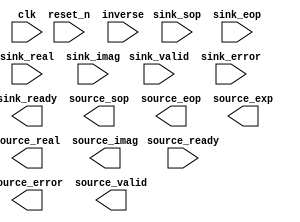
// Generated by FFT 13.1 [Altera, IP Toolbench 1.3.0 Build 162]
// ************************************************************
// THIS IS A WIZARD-GENERATED FILE. DO NOT EDIT THIS FILE!
// ************************************************************
// Copyright (C) 1991-2019 Altera Corporation
// Any megafunction design, and related net list (encrypted or decrypted),
// support information, device programming or simulation file, and any other
// associated documentation or information provided by Altera or a partner
// under Altera's Megafunction Partnership Program may be used only to
// program PLD devices (but not masked PLD devices) from Altera.  Any other
// use of such megafunction design, net list, support information, device
// programming or simulation file, or any other related documentation or
// information is prohibited for any other purpose, including, but not
// limited to modification, reverse engineering, de-compiling, or use with
// any other silicon devices, unless such use is explicitly licensed under
// a separate agreement with Altera or a megafunction partner.  Title to
// the intellectual property, including patents, copyrights, trademarks,
// trade secrets, or maskworks, embodied in any such megafunction design,
// net list, support information, device programming or simulation file, or
// any other related documentation or information provided by Altera or a
// megafunction partner, remains with Altera, the megafunction partner, or
// their respective licensors.  No other licenses, including any licenses
// needed under any third party's intellectual property, are provided herein.

module fft (
	clk,
	reset_n,
	inverse,
	sink_valid,
	sink_sop,
	sink_eop,
	sink_real,
	sink_imag,
	sink_error,
	source_ready,
	sink_ready,
	source_error,
	source_sop,
	source_eop,
	source_valid,
	source_exp,
	source_real,
	source_imag);

	input		clk;
	input		reset_n;
	input		inverse;
	input		sink_valid;
	input		sink_sop;
	input		sink_eop;
	input	[11:0]	sink_real;
	input	[11:0]	sink_imag;
	input	[1:0]	sink_error;
	input		source_ready;
	output		sink_ready;
	output	[1:0]	source_error;
	output		source_sop;
	output		source_eop;
	output		source_valid;
	output	[5:0]	source_exp;
	output	[11:0]	source_real;
	output	[11:0]	source_imag;
endmodule